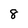
Character: 8